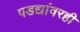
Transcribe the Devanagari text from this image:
पडद्यांवरही